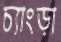
চ্যাংড়া